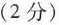
(2分)